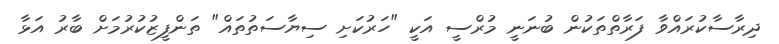
ދިރާސާކުރައްވާ ފަރާތްތަކުން ބުނަނީ މުރްސީ އަކީ "ހަރުކަށި ސިޔާސަތުތައް" ތަންފީޒުކުރުމަށް ބާރު އަޅާ